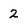
Character: 2